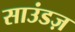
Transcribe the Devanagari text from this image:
साउंडज़